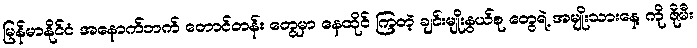
မြန်မာနိုင်ငံ အနောက်ဘက် တောင်တန်း တွေမှာ နေထိုင် ကြတဲ့ ချင်းမျိုးနွယ်စု တွေရဲ့ အမျိုးသားနေ့ ကို ဇိုမီး